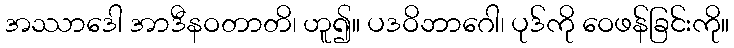
အဿာဒေါ အာဒီနဝတာတိ၊ ဟူ၍။ ပဒဝိဘာဂေါ၊ ပုဒ်ကို ဝေဖန်ခြင်းကို။